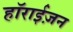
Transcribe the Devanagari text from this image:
हाॅराईज़न